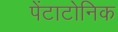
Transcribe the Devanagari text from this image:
पेंटाटोनिक